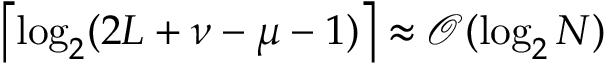
\left\lceil \log _ { 2 } ( 2 L + \nu - \mu - 1 ) \right\rceil \approx \mathcal { O } ( \log _ { 2 } N )